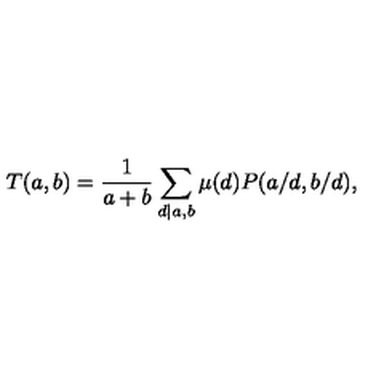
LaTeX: T ( a , b ) = \frac { 1 } { a + b } \sum _ { d | a , b } \mu ( d ) P ( a / d , b / d ) ,